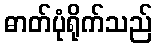
ဓာတ်ပုံရိုက်သည်